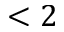
< 2